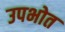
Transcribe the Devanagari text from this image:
उपभोत